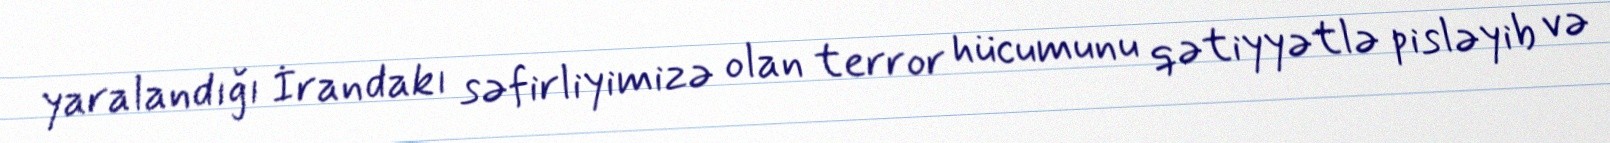
yaralandığı İrandakı səfirliyimizə olan terror hücumunu qətiyyətlə pisləyib və